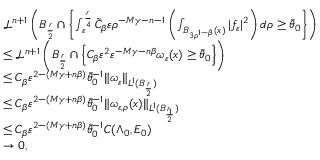
\begin{array} { r l } & { \mathcal L ^ { n + 1 } \left( B _ { \frac { r } { 2 } } \cap \left\{ \int _ { \varepsilon } ^ { \frac { r } { 4 } } \tilde { C } _ { \beta } \varepsilon \rho ^ { - M \gamma - n - 1 } \left( \int _ { B _ { 3 \rho ^ { 1 - \beta } } ( x ) } | f _ { \varepsilon } | ^ { 2 } \right) d \rho \geq \bar { \theta } _ { 0 } \right\} \right) } \\ & { \leq \mathcal L ^ { n + 1 } \left( B _ { \frac { r } { 2 } } \cap \left\{ C _ { \beta } \varepsilon ^ { 2 } \varepsilon ^ { - M \gamma - n \beta } \omega _ { \varepsilon } ( x ) \geq \bar { \theta } _ { 0 } \right\} \right) } \\ & { \leq C _ { \beta } \varepsilon ^ { 2 - ( M \gamma + n \beta ) } \bar { \theta } _ { 0 } ^ { - 1 } \| \omega _ { \varepsilon } \| _ { L ^ { 1 } ( B _ { \frac { r } { 2 } } ) } } \\ & { \leq C _ { \beta } \varepsilon ^ { 2 - ( M \gamma + n \beta ) } \bar { \theta } _ { 0 } ^ { - 1 } \| \omega _ { \varepsilon , \rho } ( x ) \| _ { L ^ { 1 } ( B _ { \frac { r _ { 1 } } { 2 } } ) } } \\ & { \leq C _ { \beta } \varepsilon ^ { 2 - ( M \gamma + n \beta ) } \bar { \theta } _ { 0 } ^ { - 1 } C ( \Lambda _ { 0 } , E _ { 0 } ) } \\ & { \rightarrow 0 , } \end{array}